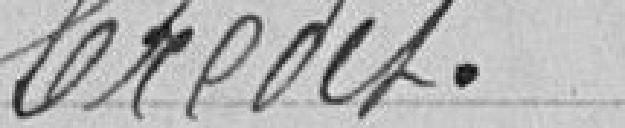
Crédit.